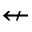
\nleftarrow